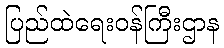
ပြည်ထဲရေးဝန်ကြီးဌာန